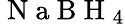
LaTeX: \mathrm{~N~a~B~H~}_{4}